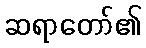
ဆရာတော်၏